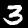
Digit: 3